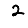
Digit: 2